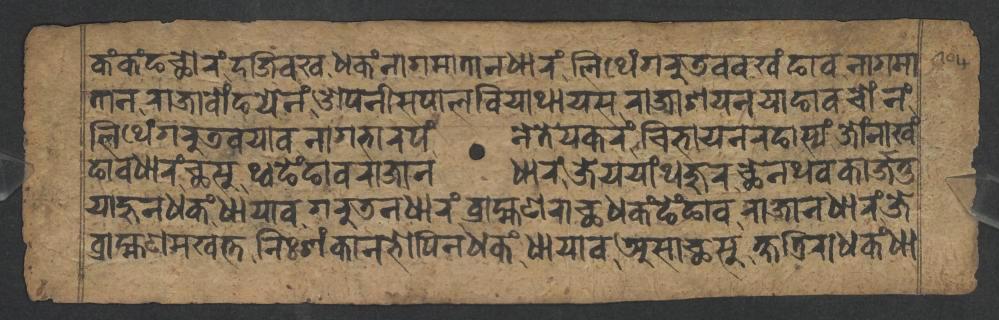
𑐎𑑄𑐎𑑄𑐒𑐕𑑀𑐬𑑄𑐡𑐖𑐶𑐰𑐏𑐢𑐎𑑄𑐣𑐵𑐐𑐩𑐵𑐟𑐵𑐣𑐢𑐵𑐬𑑄𑐮𑐶𑐠𑐾𑑄𑐐𑐬𑐸𑐜𑐰𑐰𑐏𑑄𑐒𑐵𑐰𑐣𑐵𑐐𑐩𑐵 𑐟𑐵𑐣𑐬𑐵𑐖𑐵𑐧𑑀𑑄𑐒𑐫𑐾𑐣𑑄𑐌𑐥𑐣𑐷𑐳𑐥𑐵𑐮𑐧𑐶𑐫𑐵𑐠𑐵𑐫𑐳𑐬𑐵𑐖𑐵𑐱𑐫𑐣𑐫𑐵𑐒𑐵𑐰𑐔𑑀𑑄𑐣𑑄 𑐮𑐶𑐠𑐾𑑄𑐐𑐬𑐸𑐜𑐰𑐫𑐵𑐰𑐣𑐵𑐐𑐨𑐵𑐬𑐥𑑄𑐣𑐾𑐟𑐾𑐫𑐎𑐬𑑄𑐔𑐶𑐨𑐵𑐫𑐣𑐬𑐒𑐵𑐳𑑂𑐫𑑄𑐖𑑀𑑄𑐣𑐵𑐏𑑄 𑐒𑐵𑐰𑐢𑐵𑐬𑑄𑐕𑐳𑐸𑐠𑑂𑐰𑐒𑐾𑑄𑐒𑐵𑐰𑐬𑐵𑐖𑐵𑐣𑐢𑐵𑐬𑑄𑐖𑐾𑐫𑐫𑐵𑑄𑐠𑐖𑐸𑐬𑐕𑐾𑐣𑐠𑐰𑐎𑐵𑐬𑑂𑐖𑐟𑐸 𑐫𑐵𑐴𑐸𑐣𑐢𑐎𑑄𑐢𑐵𑐫𑐵𑐰𑐐𑐬𑐸𑐜𑐣𑐢𑐵𑐬𑑄𑐧𑑂𑐬𑐵𑐴𑑂𑐩𑐞𑐬𑐵𑐕𑐢𑐎𑑄𑐒𑐾𑑄𑐒𑐵𑐰𑐬𑐵𑐖𑐵𑐣𑐢𑐵𑐬𑑄𑐖𑐾 𑐧𑑂𑐬𑐵𑐴𑑂𑐩𑐞𑐩𑐏𑐟𑑂𑐟𑐣𑐶𑑅𑐱𑑄𑐎𑐵𑐣𑐨𑑀𑐥𑐶𑐣𑐢𑐎𑑄𑐢𑐵𑐫𑐵𑐰𑐀𑐳𑐵𑐕𑐳𑐸𑐎𑑂𑐲𑐟𑑂𑐬𑐶𑐬𑐵𑐢𑐎𑑄𑐢𑐵